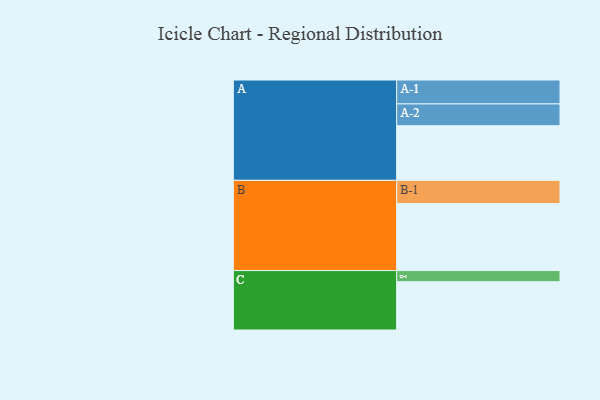
{"axis": {"x": "Segment", "y": "Value"}, "legend": ["", "A", "B", "C"], "data": [{"x": "A", "y": 475, "type": ""}, {"x": "B", "y": 583, "type": ""}, {"x": "C", "y": 420, "type": ""}, {"x": "A-1", "y": 208, "type": "A"}, {"x": "A-2", "y": 190, "type": "A"}, {"x": "B-1", "y": 202, "type": "B"}, {"x": "C-1", "y": 97, "type": "C"}]}